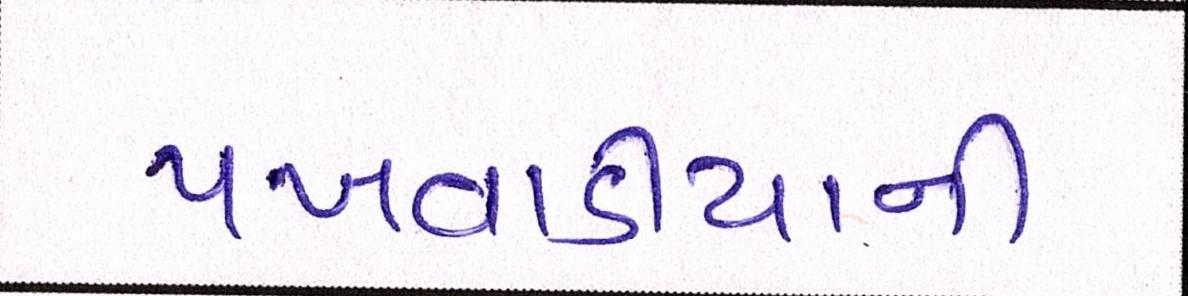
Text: પખવાડીયાની